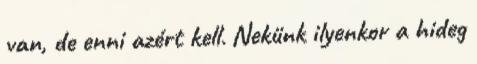
van, de enni azért kell. Nekünk ilyenkor a hideg